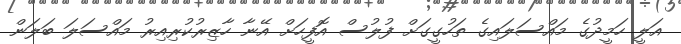
އަލީ ހަމީދުގެ މައްސަލައިގެ ތަހުގީގަށް ފުލުސް އޮފީހަށް އޭނާ ހާޒިރުކުރިއިރު މައްސަލަ ބަލަން